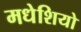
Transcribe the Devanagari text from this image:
मधेशियो